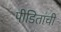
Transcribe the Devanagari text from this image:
पीडितांची